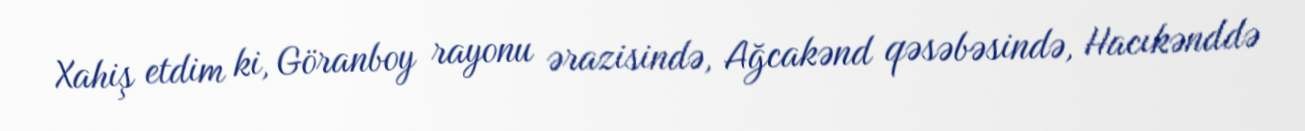
Xahiş etdim ki, Göranboy rayonu ərazisində, Ağcakənd qəsəbəsində, Hacıkənddə